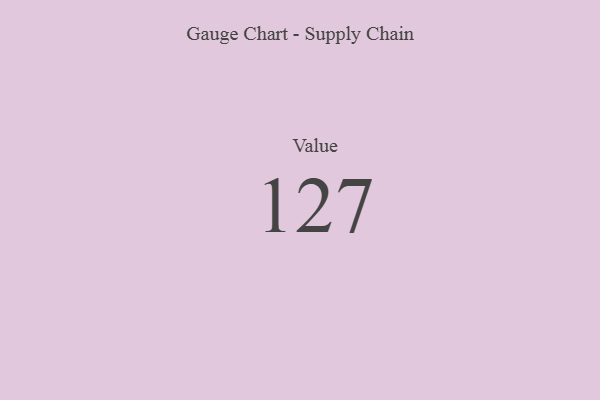
{"axis": {"x": "Metric", "y": "Value"}, "legend": [""], "data": [{"x": "Value", "y": 127, "type": ""}]}